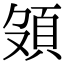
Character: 𩑦